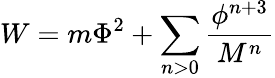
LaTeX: W=m\Phi^{2}+\sum_{n>0}{\frac{\phi^{n+3}}{M^{n}}}